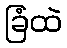
ခြံထဲ